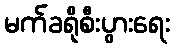
မက်ခရိုစီးပွားရေး